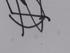
Signature authenticity: forged